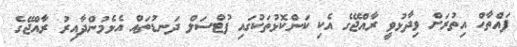
ފައްތާހް އިތުރަށް ވިދާޅުވީ ރާއްޖޭގެ އެކި ކަންކޮޅުތަކުގައި ފުޓްސަލް ދަނޑުތައް އެޅެމުންދާއިރު ރާއްޖޭގެ